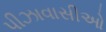
પીઝાવાસીઓ